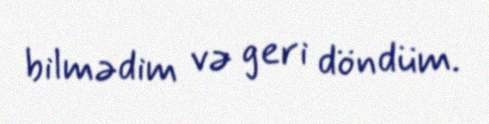
bilmədim və geri döndüm.